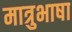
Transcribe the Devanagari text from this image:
मात्रुभाषा